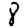
Digit: 8